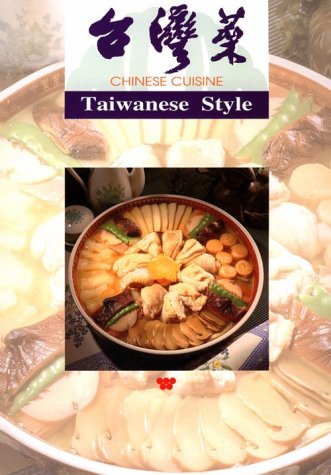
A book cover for Chinese Cuisine: Taiwanese Style; Lee-Hwa Lin; Cookbooks, Food & Wine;